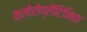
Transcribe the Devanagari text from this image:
क्लोरोप्लैटिनिक